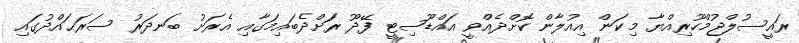
ރައީސުލްޖުމްހޫރިއްޔާ މިކަން އިއުލާން ކޮށްދެއްވީ އައްޑޫސިޓީ ފޭދޫ ރަށްދެބައިމަގާއި އެރަށު ބަނދަރު ސަރަޙައްދުގައި